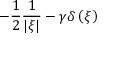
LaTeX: - { \frac { 1 } { 2 } } { \frac { 1 } { \left| \xi \right| } } - \gamma \delta \left( \xi \right)